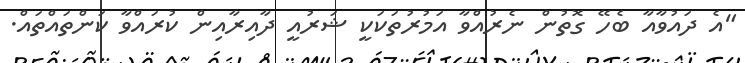
"އެ ދައުވާއާ ބެހޭ ގޮތުން ނެރުއްވާ އަމުރުތަކަކީ ޝަރުއީ ދާއިރާއިން ކުރައްވާ ކަންތައްތައް.